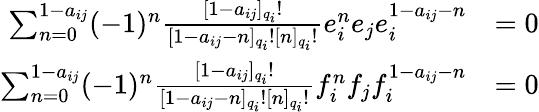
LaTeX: {\begin{array}{rl}{\sum_{n=0}^{1-a_{ij}}(-1)^{n}{\frac{[1-a_{ij}]_{q_{i}}!}{[1-a_{ij}-n]_{q_{i}}![n]_{q_{i}}!}}e_{i}^{n}e_{j}e_{i}^{1-a_{ij}-n}}&{=0}\\ {\sum_{n=0}^{1-a_{ij}}(-1)^{n}{\frac{[1-a_{ij}]_{q_{i}}!}{[1-a_{ij}-n]_{q_{i}}![n]_{q_{i}}!}}f_{i}^{n}f_{j}f_{i}^{1-a_{ij}-n}}&{=0}\end{array}}